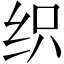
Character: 织